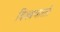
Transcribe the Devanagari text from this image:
विश्बभारती